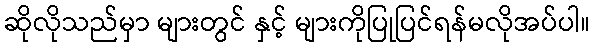
ဆိုလိုသည်မှာ များတွင် နှင့် များကိုပြုပြင်ရန်မလိုအပ်ပါ။